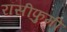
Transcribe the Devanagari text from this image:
रॉसीफुमी